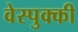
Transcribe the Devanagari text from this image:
वेस्पुक्की